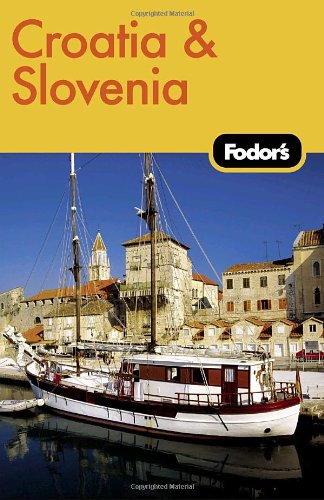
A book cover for Fodor's Croatia and Slovenia, 1st Edition (Fodor's Gold Guides); Fodor's; Travel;